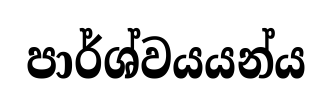
පාර්ශ්වයයන්ය